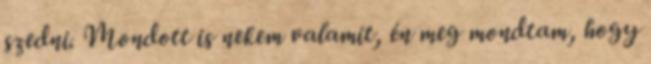
szedni. Mondott is nekem valamit, én meg mondtam, hogy